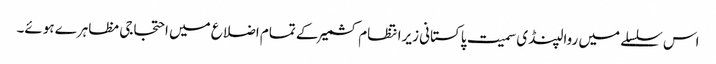
اس سلسلے میں روالپنڈی سمیت پاکستانی زیرانتظام کشمیر کے تمام اضلاع میں احتجاجی مظاہرے ہوئے۔